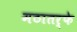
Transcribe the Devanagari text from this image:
मठातर्फे